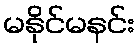
မနိုင်မနင်း